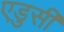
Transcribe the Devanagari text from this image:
एडुसी